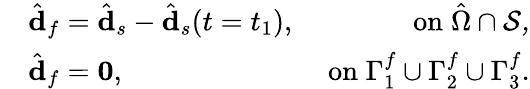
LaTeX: \begin{array}{rlr}&{\hat{\mathbf{d}}_{f}=\hat{\mathbf{d}}_{s}-\hat{\mathbf{d}}_{s}(t=t_{1}),}&{\; \mathrm{on}\; \hat{\Omega}\cap\cal S,}\\ &{\hat{\mathbf{d}}_{f}=\mathbf{0},}&{\; \mathrm{on}\; \Gamma_{1}^{f}\cup\Gamma_{2}^{f}\cup\Gamma_{3}^{f}.}\end{array}